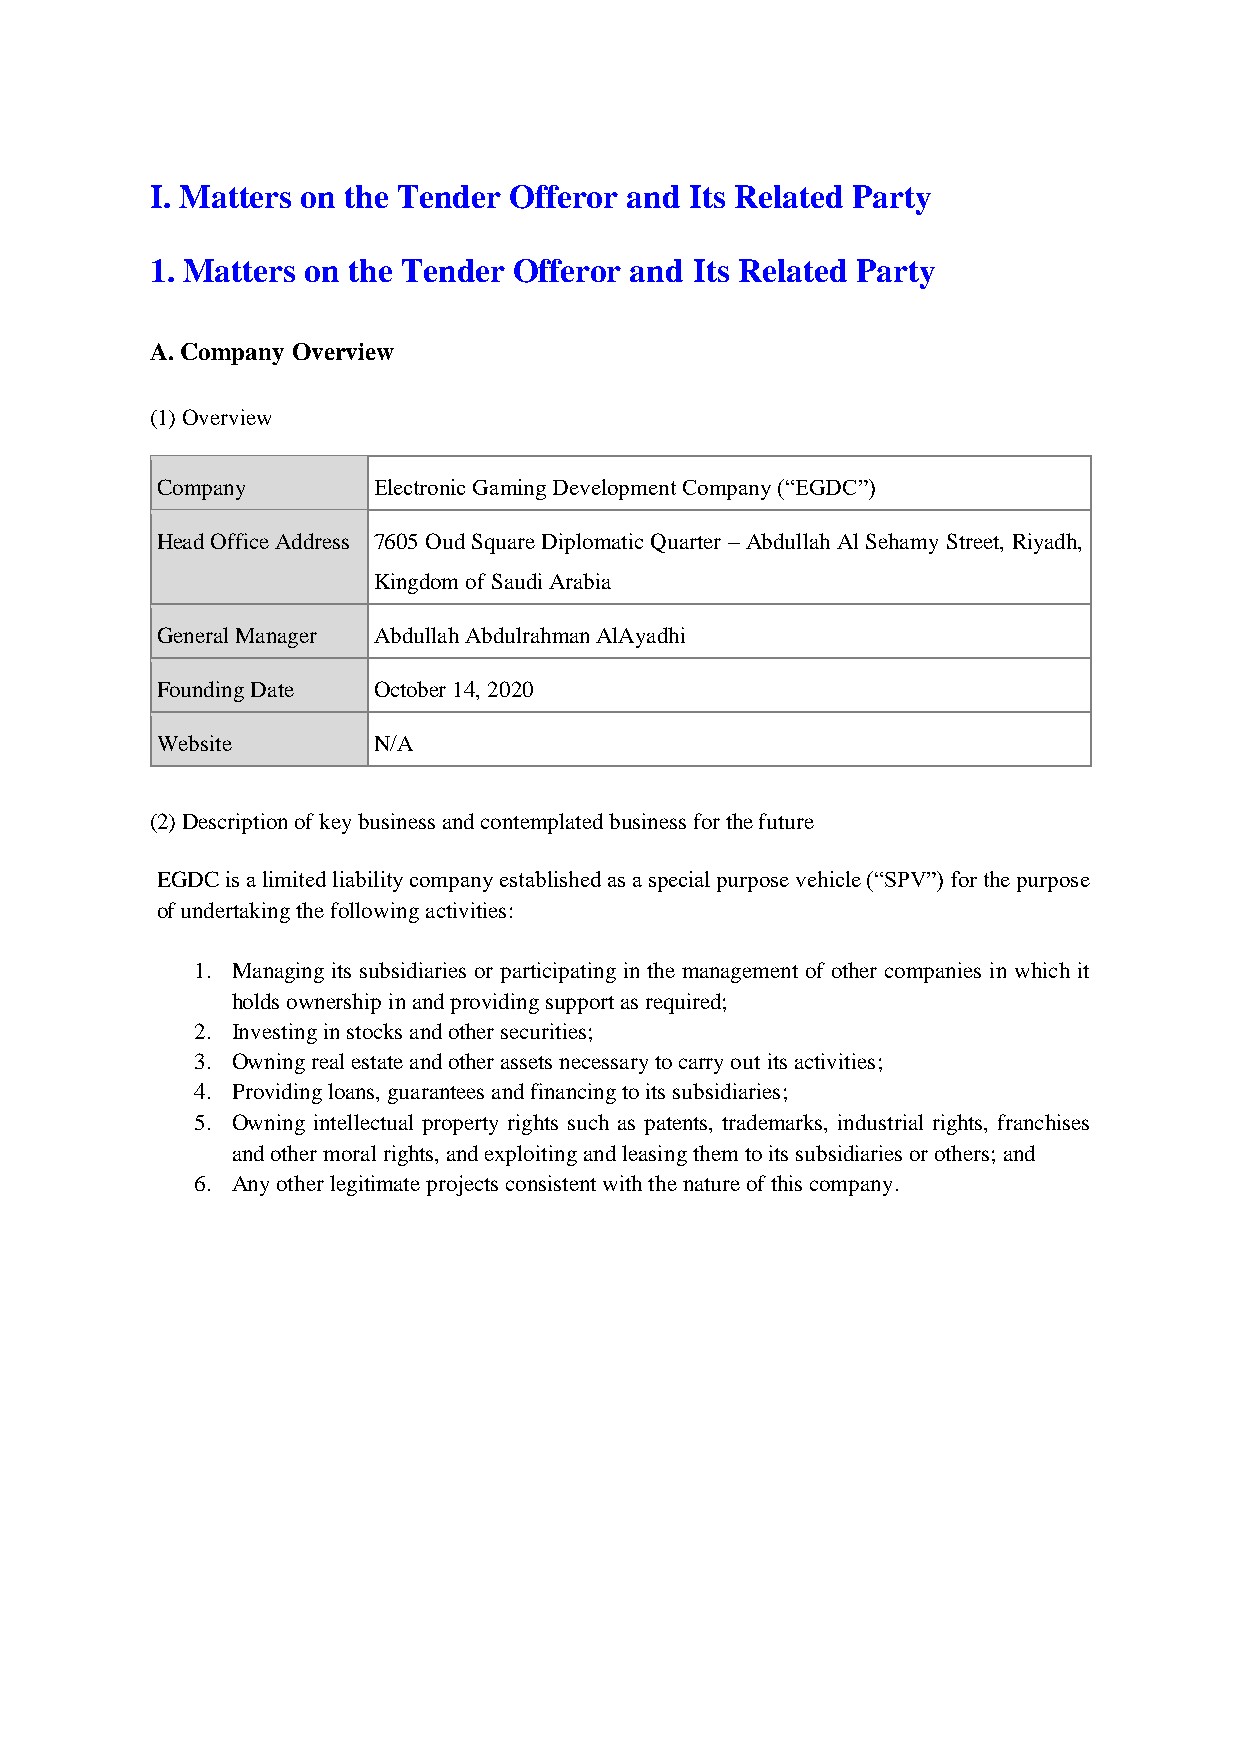
I. Matters on the Tender Offeror and Its Related Party
 1. Matters on the Tender Offeror and Its Related Party
 A. Company Overview
 (1) Overview
 Company        Electronic Gaming Development Company (“EGDC”)
 Head Office Address 7605 Oud Square Diplomatic Quarter – Abdullah Al Sehamy Street, Riyadh,
 Kingdom of Saudi Arabia
 General Manager Abdullah Abdulrahman AlAyadhi
 Founding Date  October 14, 2020
 Website        N/A
 (2) Description of key business and contemplated business for the future
 EGDC is a limited liability company established as a special purpose vehicle (“SPV”) for the purpose
 of undertaking the following activities:
 1. Managing its subsidiaries or participating in the management of other companies in which it
 holds ownership in and providing support as required;
 2. Investing in stocks and other securities;
 3. Owning real estate and other assets necessary to carry out its activities;
 4. Providing loans, guarantees and financing to its subsidiaries;
 5. Owning intellectual property rights such as patents, trademarks, industrial rights, franchises
 and other moral rights, and exploiting and leasing them to its subsidiaries or others; and
 6. Any other legitimate projects consistent with the nature of this company.